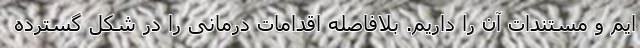
ایم و مستندات آن را داریم. بلافاصله اقدامات درمانی را در شکل گسترده